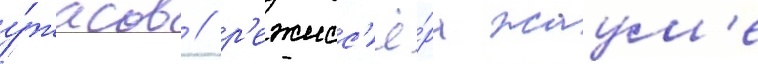
у́жасов / р'ежисс'ё́ра жаум'е